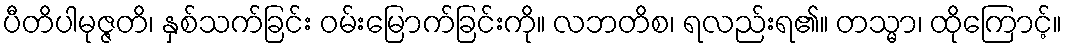
ပီတိပါမုဇ္ဇတိ၊ နှစ်သက်ခြင်း ဝမ်းမြောက်ခြင်းကို။ လဘတိစ၊ ရလည်းရ၏။ တသ္မာ၊ ထိုကြောင့်။